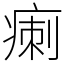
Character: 𤷫